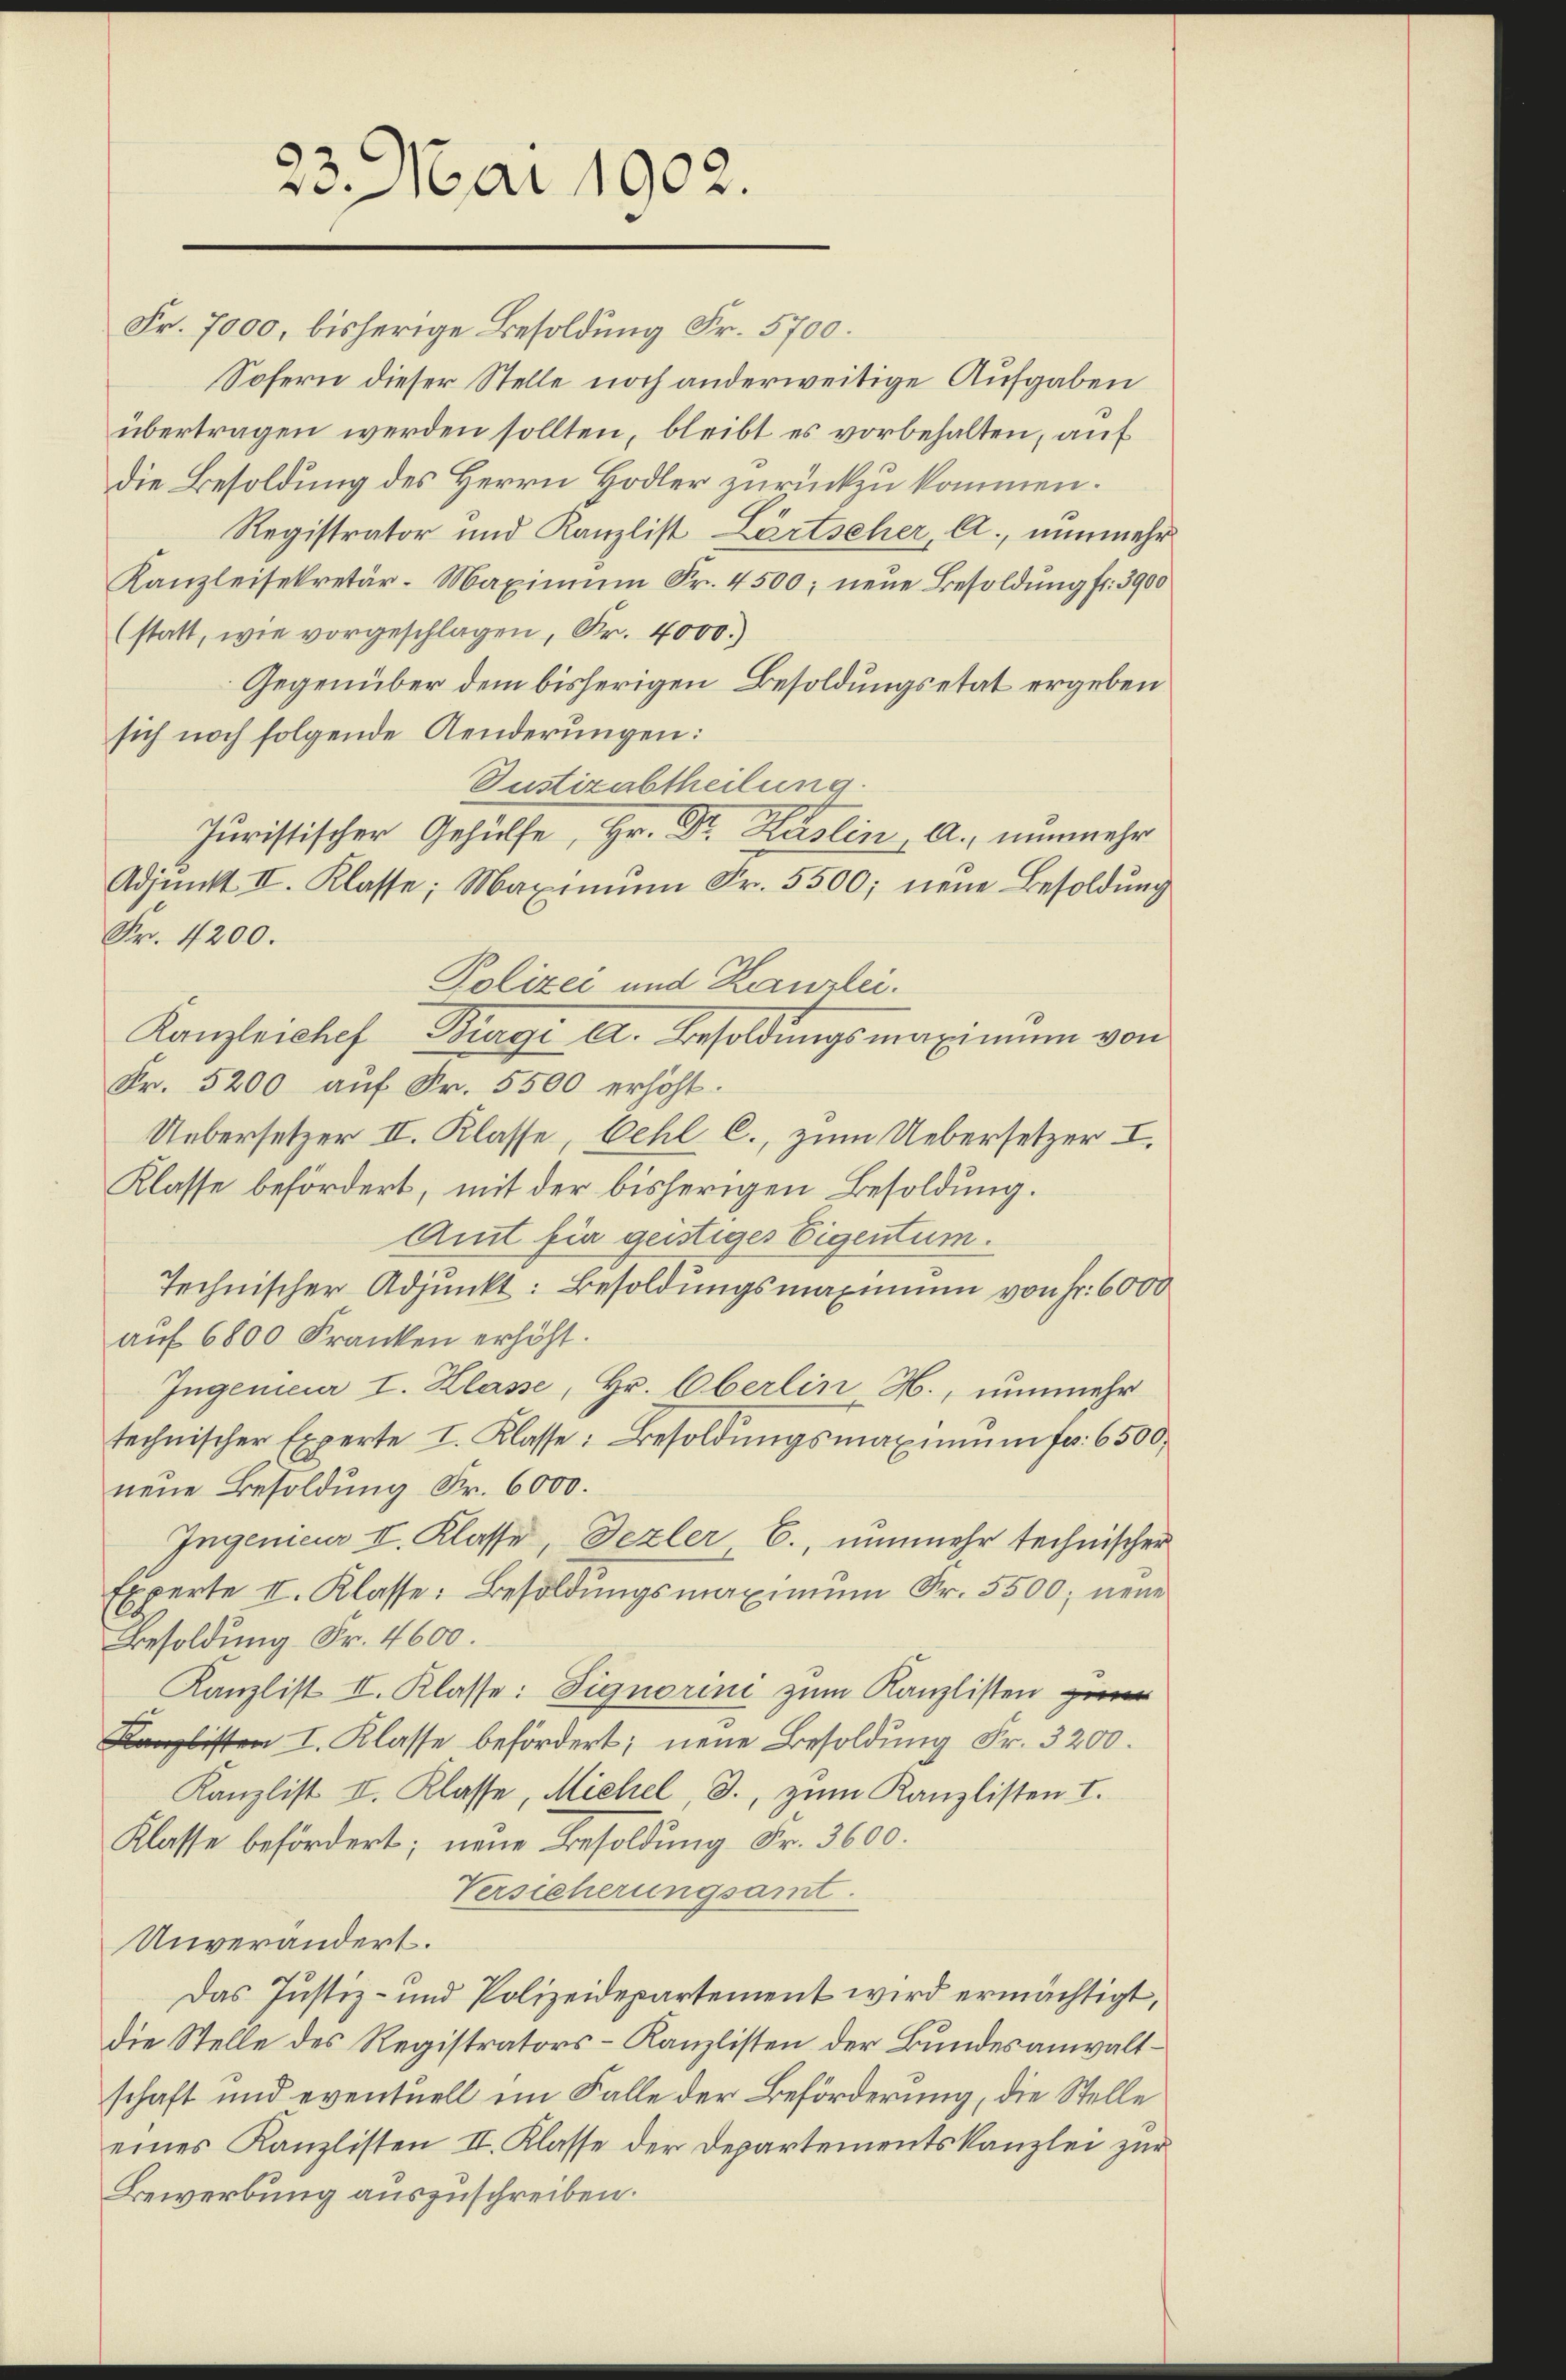
23. Mai 1902.

Fr. 7000, bisherige Besoldung Fr. 5700.
Sofern dieser Stelle noch anderweitige Aufgaben
übertragen werden sollten, bleibt es vorbehalten, auf
die Besoldung des Herrn Hodler zurückzukommen.
Registrator und Kanzlist Lürtscher, A., nunmehr
Kanzleisekretär-Maximŭm Fr. 4500; neŭe Besoldŭng fr. 3900
(statt, wie vorgeschlagen, Fr. 4000.)
Gegenüber dem bisherigen Besoldungsetat ergeben
sich noch folgende Aenderungen:
Justizabtheilung.
Juristischer Gehülfe, Hr. Dr. Käslin A., nunmehr
Adjunkt II. Klasse; Maximum Fr. 5500; neue Besoldung
Fr. 4200.
Polizei und Kanzlei.
Kanzleichef Burgi A. Besoldungsmaximum von
Fr. 5200 auf Fr. 5500 erhöht.
Uebersetzer II. Klasse, Oehl C., zum Uebersetzer I.
Klasse befördert, mit der bisherigen Besoldung.
Amt für geistiges Eigentum.
Technischer Adjunkt: Besoldungsmaximum von Fr. 6000
auf 6800 Franken erhöht.
Ingenieur I. Klasse, Hr. Oberlin H., nunmehr
technischer Experte I. Klasse: Besoldungsmaximum fr. 6500,
neue Besoldung Fr. 6000.
Ingenieur II. Klasse, Pezler E., nunmehr technischer
Experte II. Klasse: Besoldŭngsmaximŭm Fr. 5500; neue
Besoldung Fr. 4600.
Kanzlist II. Klasse: Signorini zum Kanzlisten zum
Kanzlisten I. Klasse befördert; neue Besoldung Fr. 3200.
Kanzlist II. Klasse, Michel, J., zum Kanzlisten I.
Klasse befördert; neue Besoldung Fr. 3600.
Versicherungsamt.
Unverändert.
Das Justiz- und Polizeidepartement wird ermächtigt,
die Stelle des Registrators-Kanzlisten der Bundesanwaltschaft und eventuell im Falle der Beförderung, die Stelle
eines Kanzlisten II. Klasse der Departementskanzlei zur
Bewerbung auszuschreiben.